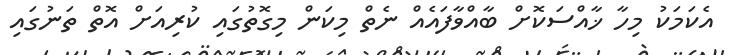
އެކަމަކު މިހާ ޚާއްސަކޮށް ބާއްވާފައެއް ނެތް މިކަން މިގޮތުގައި ކުރިއަށް އޮތް ތަނުގައި